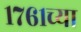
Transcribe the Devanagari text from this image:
१७६१च्या